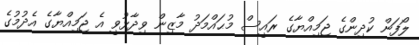
ލޯފަން ކުދިންގެ ޖަމިއްޔާގެ ރައީސް މުޙައްމަދު މާޒިން ވިދާޅުވީ އެ ޖަމިއްޔާގެ އެދުމުގެ